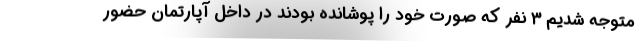
متوجه شدیم ۳ نفر که صورت خود را پوشانده بودند در داخل آپارتمان حضور